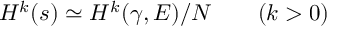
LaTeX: H ^ { k } ( s ) \simeq H ^ { k } ( \gamma , { \cal E } ) / { \cal N } \qquad ( k > 0 )